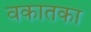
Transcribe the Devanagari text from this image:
वकातका